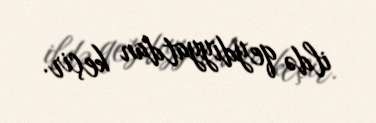
ildə qeydiyyatdan keçir.